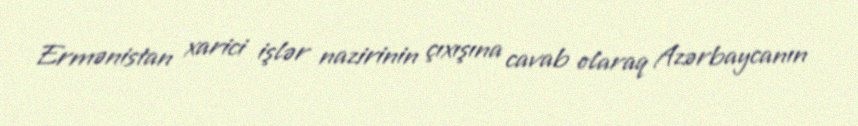
Ermənistan xarici işlər nazirinin çıxışına cavab olaraq Azərbaycanın